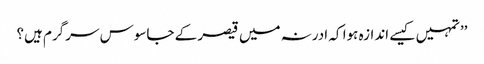
’’تمہیں کیسے اندازہ ہوا کہ ادرنہ میں قیصر کے جاسوس سرگرم ہیں؟